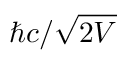
\hbar c / { \sqrt { 2 V } }